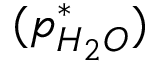
( p _ { H _ { 2 } O } ^ { * } )